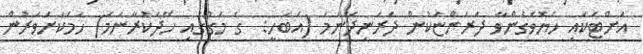
އަށްޓަކައި ހެޔޮވެގެންވާ ދަރަންޏަކުން ދަރަނިދޭނަމަ (އެބަހީ:  ގެ މަގުގައި ހޭދަކުރާނަމަ) ހަމަކަށަވަރުން